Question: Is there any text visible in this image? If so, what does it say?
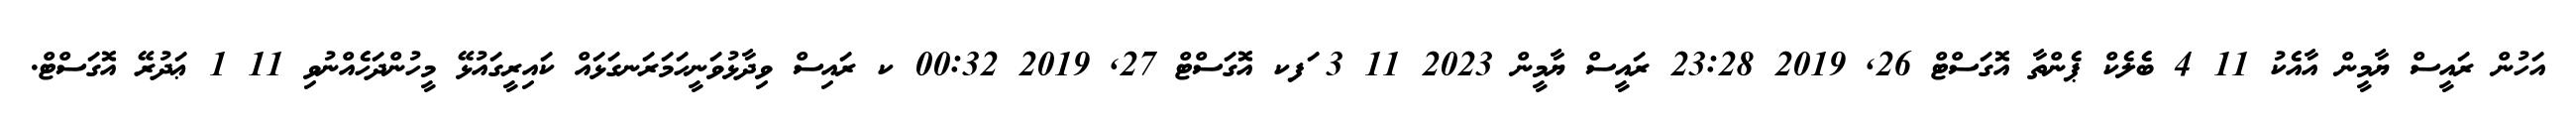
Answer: އަހުން ރައީސް ޔާމީން އާއެކު 11 4 ބެލެކް ޕެންތާ އޮގަސްޓް 26, 2019 23:28 ރައީސް ޔާމީން 2023 11 3 ަފކ އޮގަސްޓް 27, 2019 00:32 ކ ރައިސް ވިދާޅުވަނީހަމަރަނގަޅައް ކައިރީގައުޅޭ މީހުންދަހެއްނުވި 11 1 ޢަދުރޭ އޮގަސްޓް.